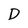
Character: D